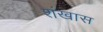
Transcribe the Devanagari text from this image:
शंखास